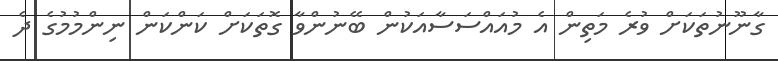
ގާނޫނުތަކަށް ވުރެ މަތިން އެ މުއައްސަސާއަކުން ބޭނުންވާ ގޮތަކަށް ކަންކަން ނިންމުމުގެ ދެ